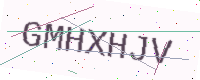
Text: GMHXHJV